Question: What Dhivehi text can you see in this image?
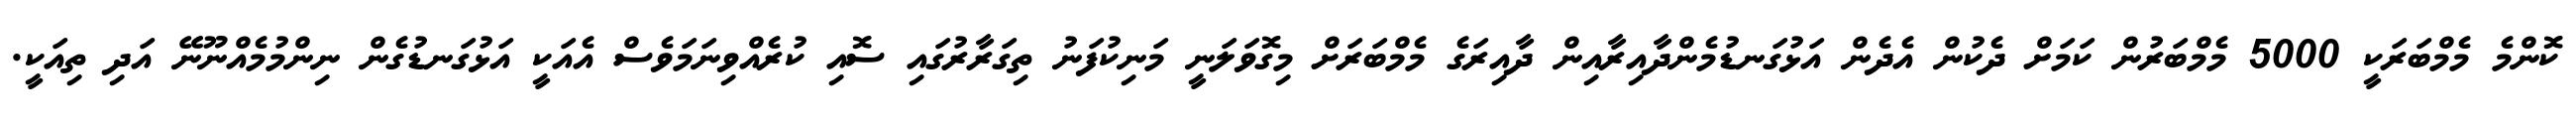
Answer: ކޮންމެ މެމްބަރަކީ 5000 މެމްބަރުން ކަމަށް ދެކުން އެދެން އަޅުގަނޑުމެންދާއިރާއިން ދާއިރަގެ މެމްބަރަށް މިގޮވަލަނީ މަނިކުފަނު ތިގަރާރުގައި ސޮއި ކުރެއްވިނަމަވެސް އެއަކީ އަޅުގަނޑުގެން ނިންމުމެއްނޫނޭ އަދި ތިއަކީ.